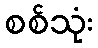
စစ်သုံး